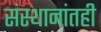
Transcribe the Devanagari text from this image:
संस्थानांतही